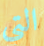
التي